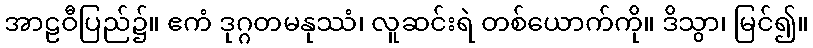
အာဠဝီပြည်၌။ ဧကံ ဒုဂ္ဂတမနုဿံ၊ လူဆင်းရဲ တစ်ယောက်ကို။ ဒိသွာ၊ မြင်၍။